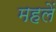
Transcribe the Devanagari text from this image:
महलें